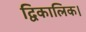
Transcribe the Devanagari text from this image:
द्विकालिक।